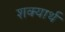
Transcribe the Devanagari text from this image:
शक्यार्थ